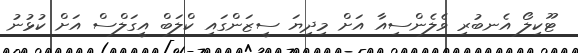
ޓޫކިލޯ އެނބުރި ވެލެންސިއާ އަށް މިދިޔަ ސީޒަންގައި ކްލަބް އީގަލްސް އަށް ކުޅުނު